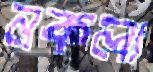
নকলা